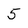
Character: 5